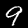
Digit: 9